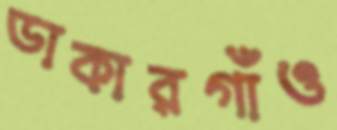
ডাকারগাঁও